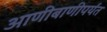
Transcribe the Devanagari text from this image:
आणीबाणीपर्यंत